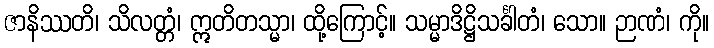
ဇာနိဿတိ၊ သိလတ္တံ၊ ဣတိတသ္မာ၊ ထို့ကြောင့်။ သမ္မာဒိဋ္ဌိသင်္ခါတံ၊ သော။ ဉာဏံ၊ ကို။